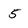
Character: 5